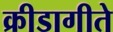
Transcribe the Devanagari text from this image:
क्रीडागीते